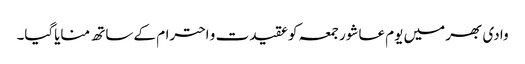
وادی بھر میں یوم عاشور جمعہ کوعقیدت و احترام کے ساتھ منایاگیا۔